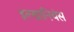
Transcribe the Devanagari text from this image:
इल्खानियंस